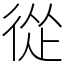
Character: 從